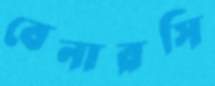
বেনারসি